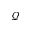
\mathcal { Q }